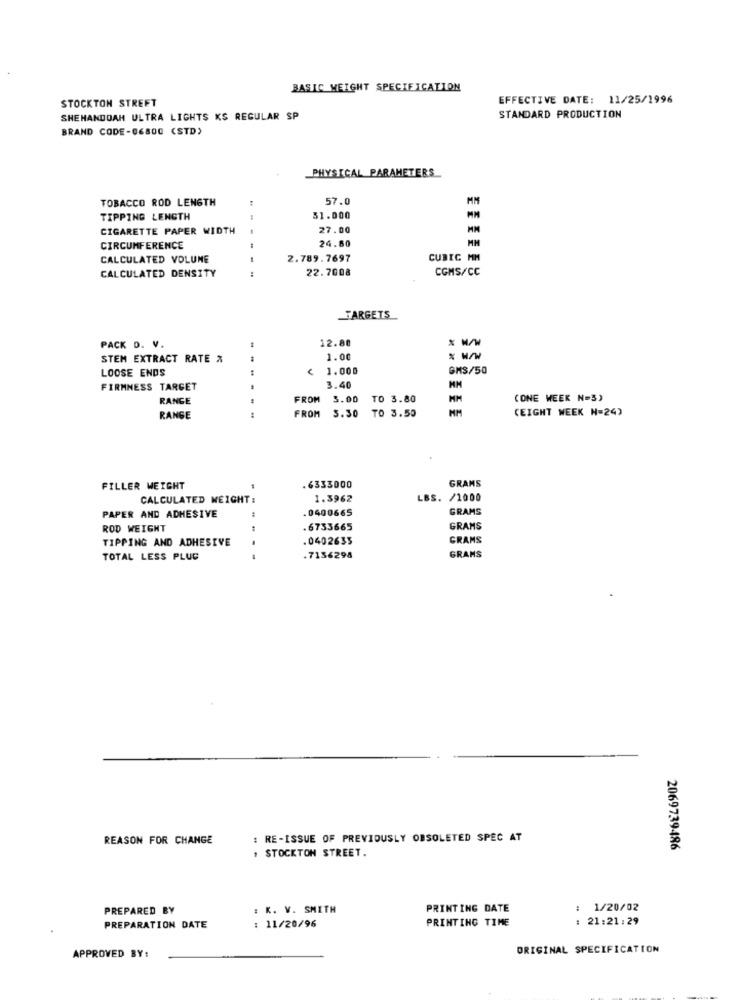
BASIC WEIGHT SPECIFICATION
STOCKTON STREET
EFFECTIVE DATE: 11/25/1996
SHENANDOAH ULTRA LIGHTS KS REGULAR SP
STANDARD PRODUCTION
BRAND CODE-06800 (STD)
PHYSICAL PARAMETERS
TOBACCO ROD LENGTH
57.0
MM
TIPPING LENGTH
31.000
CIGARETTE PAPER WIDTH
27.00
CIRCUMFERENCE
24.60
MM
CALCULATED VOLUME
2.789.7697
CUBIC MM
CALCULATED DENSITY
22.7008
CGMS/CC
TARGETS
PACK D. V.
12.80
STEM EXTRACT RATE &
1.00
% w/W
LOOSE ENDS
1.000
GM$/50
FIRMNESS TARGET
3.40
RANGE
FROM
3.00
TO 3.80
MM
(ONE WEEK N=3)
FROM
3.30 TO 3.50
(EIGHT WEEK N=24)
RANGE
GRAMS
FILLER WEIGHT
.6333000
CALCULATED WEIGHT:
1.3962
LBS. /1000
0400665
GRAMS
PAPER AND ADHESIVE
ROD WEIGHT
.6753665
GRAMS
TIPPING AND ADHESIVE
.0402635
GRAMS
TOTAL LESS PLUC
.7136298
GRANS
REASON FOR CHANGE
: RE-ISSUE OF PREVIOUSLY OBSOLETED SPEC AT
. STOCKTON STREET.
2069739486
PREPARED BY
: K. V. SMITH
PRINTING DATE
: 1/20/02
PRINTING TIME
21:21:29
PREPARATION DATE
: 11/20/96
ORIGINAL SPECIFICATION
APPROVED BY: